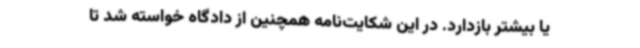
یا بیشتر بازدارد. در این شکایت‌نامه همچنین از دادگاه خواسته شد تا